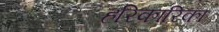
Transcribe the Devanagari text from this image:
हरिकारिका